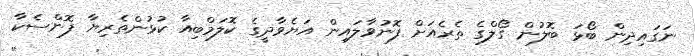
ނަގައިދިން ބޯޅަ ބޮލުން ގޯލްގެ ތެރެއަށް ފޮނުވާލައިން އަޔެވާދީގެ ކޮލަމްބިއާ ކުޅުންތެރިޔާ ފޮންސެކާ